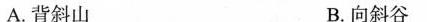
A.背斜山 B.向斜谷